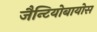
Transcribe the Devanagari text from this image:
जैन्टियोबायोस